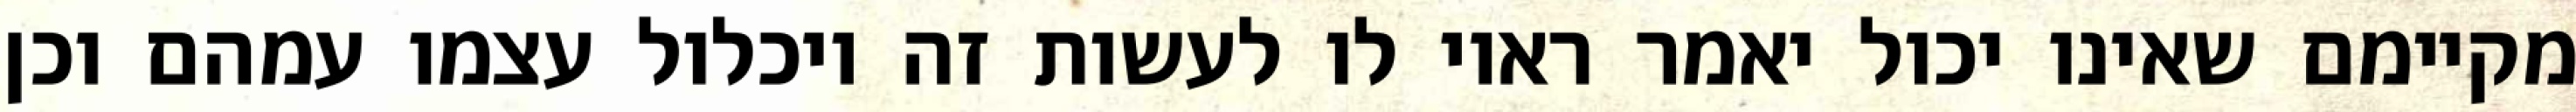
מקיימם שאינו יכול יאמר ראוי לו לעשות זה ויכלול עצמו עמהם וכן